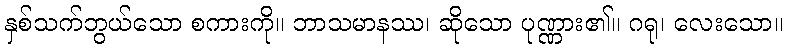
နှစ်သက်ဘွယ်သော စကားကို။ ဘာသမာနဿ၊ ဆိုသော ပုဏ္ဏား၏။ ဂရု၊ လေးသော။